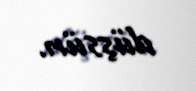
düşsün.